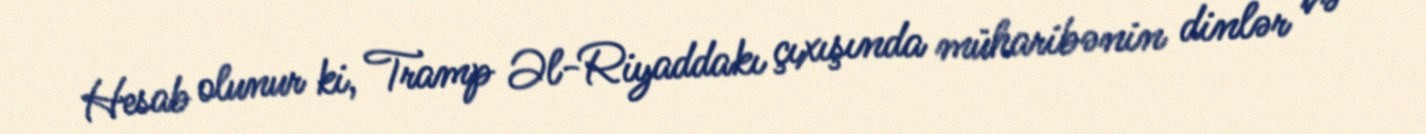
Hesab olunur ki, Tramp Əl-Riyaddakı çıxışında müharibənin dinlər və